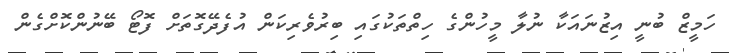
ހަމީޒް ބުނީ އިޒުނައަކާ ނުލާ މީހުންގެ ހިތްތަކުގައި ބިރުވެރިކަން އުފެދޭގޮތަށް ފޮޓޯ ބޭނުންކޮށްގެން